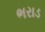
ભરાડ